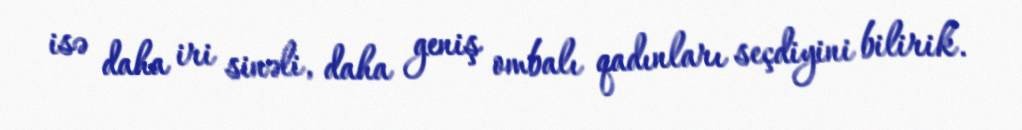
isə daha iri sinəli, daha geniş ombalı qadınları seçdiyini bilirik.